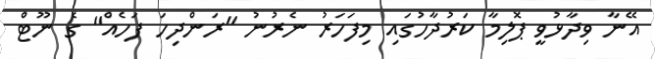
އޭނާ ވިދާޅުވީ ޕޮލިމާ ކަރުދާހުގައި މިފަހަރު ނެރުނު "ރަންދިހަ ފަހެއް" ގެ ނޫޓް